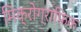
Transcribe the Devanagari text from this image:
मिक्रोग्राफ़िक